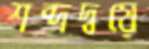
শব্দদ্বয়ে